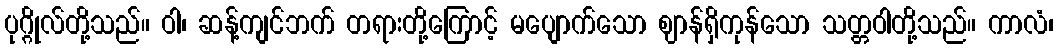
ပုဂ္ဂိုလ်တို့သည်။ ဝါ၊ ဆန့်ကျင်ဘက် တရားတို့ကြောင့် မပျောက်သော ဈာန်ရှိကုန်သော သတ္တဝါတို့သည်။ ကာလံ၊